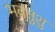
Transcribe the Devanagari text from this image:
भवतुशु